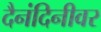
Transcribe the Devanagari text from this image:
दैनंदिनीवर